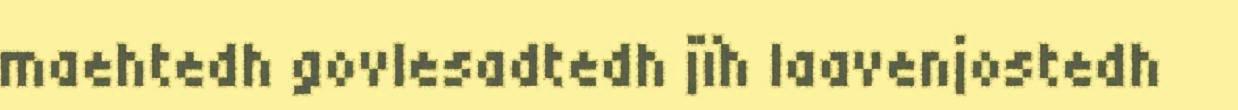
maehtedh govlesadtedh jïh laavenjostedh